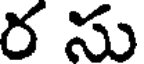
ర సు